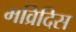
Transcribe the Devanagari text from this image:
मव्रिदिस